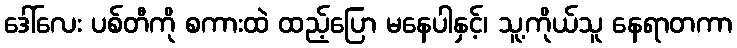
ဒေါ်လေး ပစ်တီကို စကားထဲ ထည့်ပြော မနေပါနှင့်၊ သူ့ကိုယ်သူ နေရာတကာ